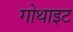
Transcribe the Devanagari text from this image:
गोथाइट